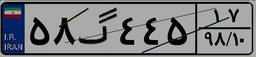
۹۹گ۸۲۸۰۴